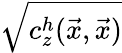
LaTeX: \sqrt{c_{z}^{h}(\vec{x},\vec{x})}